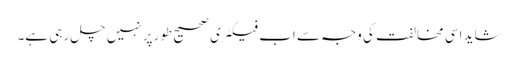
شاید اسی مخالفت کی وجہ سے اب فیکٹری صحیح طورپر نہیں چل رہی ہے۔